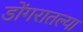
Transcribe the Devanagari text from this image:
डोंगरातल्या